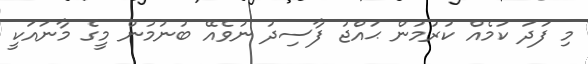
މި ފަދަ ކަމެއް ކުރުމުން ޙައްޖު ފާސިދު ނުވެއޭ ބުނުމުން މީގެ މާނައަކީ